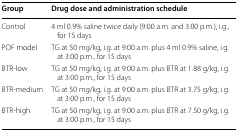
| Group | Drug dose and administration schedule |
 | --- | --- |
 | Control | 4 ml 0.9% saline twice daily (9:00 a.m. and 3:00 p.m.), i.g., for 15 days |
 | POF model | TG at 50 mg/kg, i.g. at 9:00 a.m. plus 4 ml 0.9% saline, i.g. at 3:00 p.m., for 15 days |
 | BTR-low | TG at 50 mg/kg, i.g. at 9:00 a.m. plus BTR at 1.88 g/kg, i.g. at 3:00 p.m., for 15 days |
 | BTR-medium | TG at 50 mg/kg, i.g. at 9:00 a.m. plus BTR at 3.75 g/kg, i.g. at 3:00 p.m., for 15 days |
 | BTR-high | TG at 50 mg/kg, i.g. at 9:00 a.m. plus BTR at 7.50 g/kg, i.g. at 3:00 p.m., for 15 days |